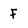
Character: F